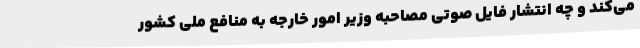
می‌کند و چه انتشار فایل صوتی مصاحبه وزیر امور خارجه به منافع ملی کشور